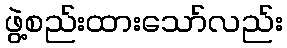
ဖွဲ့စည်းထားသော်လည်း